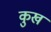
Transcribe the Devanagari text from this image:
कुख